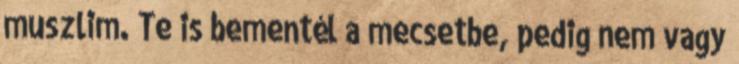
muszlim. Te is bementél a mecsetbe, pedig nem vagy